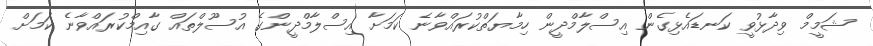
ޝަމީމް ވިދާޅުވީ ކަނޑައެޅިގެން އިސްލާމްދީން ހިމާޔަތްކުރައްވާނެ ކަމަށާ އިސްލާމްދީންގެ އުސޫލްތައް ގާއިމްކުރައްވާނެ ކަމަށް